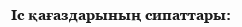
Іс қағаздарының сипаттары: